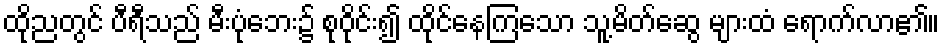
ထိုညတွင် ပီရီသည် မီးပုံဘေး၌ စုဝိုင်း၍ ထိုင်နေကြသော သူ့မိတ်ဆွေ များထံ ရောက်လာ၏။